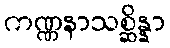
ကဏ္ဏနာသစ္ဆိန္နာ